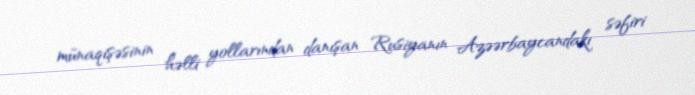
münaqişəsinin həlli yollarından danışan Rusiyanın Azəərbaycandakı səfiri